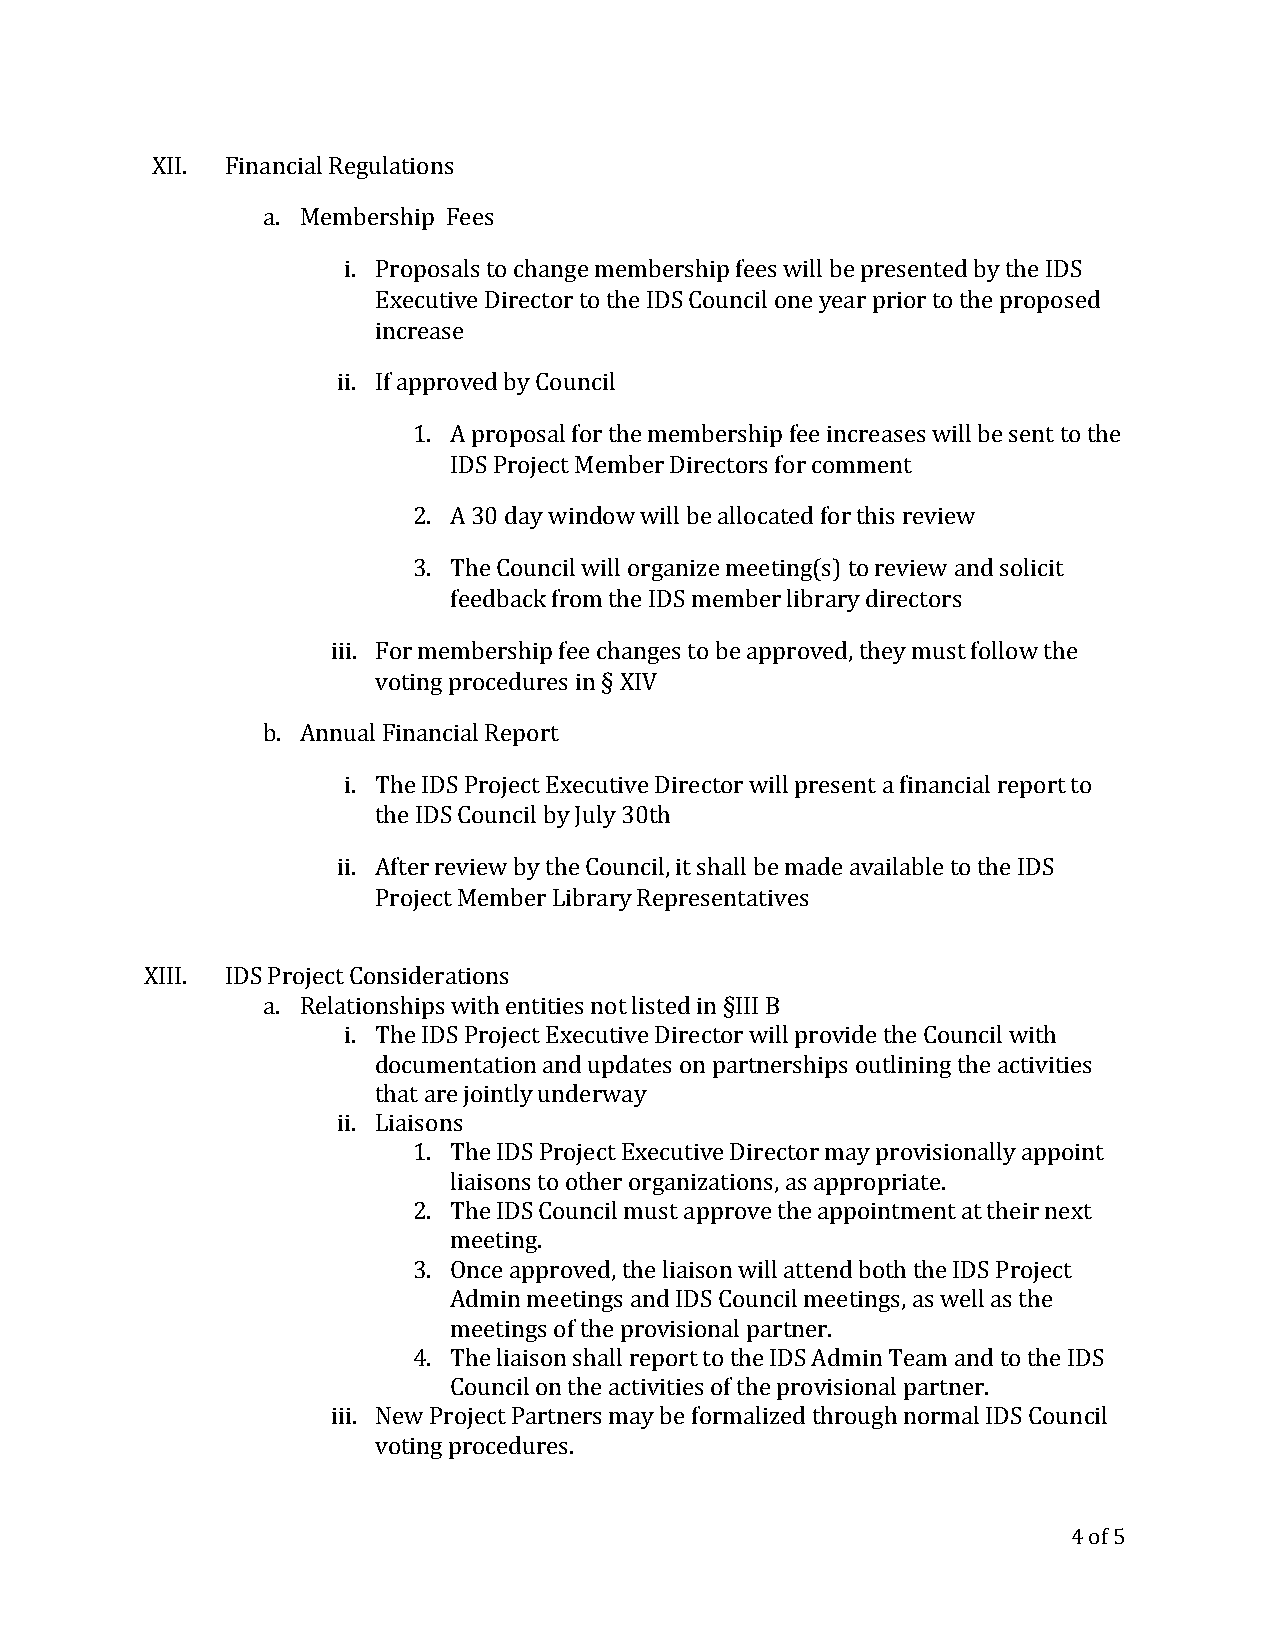
XII. Financial Regulations
 a. Membership Fees
 i. Proposals to change membership fees will be presented by the IDS
 Executive Director to the IDS Council one year prior to the proposed
 increase
 ii. If approved by Council
 1. A proposal for the membership fee increases will be sent to the
 IDS Project Member Directors for comment
 2. A 30 day window will be allocated for this review
 3. The Council will organize meeting(s) to review and solicit
 feedback from the IDS member library directors
 iii. For membership fee changes to be approved, they must follow the
 voting procedures in § XIV
 b. Annual Financial Report
 i. The IDS Project Executive Director will present a financial report to
 the IDS Council by July 30th
 ii. After review by the Council, it shall be made available to the IDS
 Project Member Library Representatives
 XIII. IDS Project Considerations
 a. Relationships with entities not listed in §III B
 i. The IDS Project Executive Director will provide the Council with
 documentation and updates on partnerships outlining the activities
 that are jointly underway
 ii. Liaisons
 1. The IDS Project Executive Director may provisionally appoint
 liaisons to other organizations, as appropriate.
 2. The IDS Council must approve the appointment at their next
 meeting.
 3. Once approved, the liaison will attend both the IDS Project
 Admin meetings and IDS Council meetings, as well as the
 meetings of the provisional partner.
 4. The liaison shall report to the IDS Admin Team and to the IDS
 Council on the activities of the provisional partner.
 iii. New Project Partners may be formalized through normal IDS Council
 voting procedures.
 4 of 5